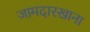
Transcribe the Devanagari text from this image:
जामदारखाना